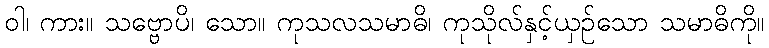
ဝါ၊ ကား။ သဗ္ဗောပိ၊ သော။ ကုသလသမာဓိ၊ ကုသိုလ်နှင့်ယှဉ်သော သမာဓိကို။